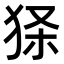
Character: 𤞎